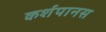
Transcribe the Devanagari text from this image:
कर्शपानस